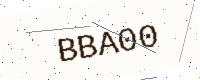
Text: BBA00